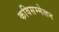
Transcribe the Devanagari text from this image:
कविसम्मेलन